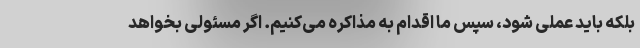
بلکه باید عملی شود، سپس ما اقدام به مذاکره می‌کنیم. اگر مسئولی بخواهد